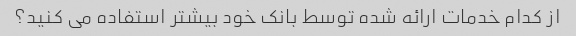
از کدام خدمات ارائه شده توسط بانک خود بیشتر استفاده می کنید؟